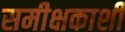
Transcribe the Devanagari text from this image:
समीक्षकाशी